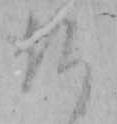
仏